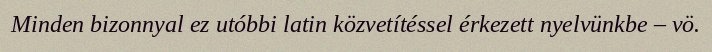
Minden bizonnyal ez utóbbi latin közvetítéssel érkezett nyelvünkbe – vö.